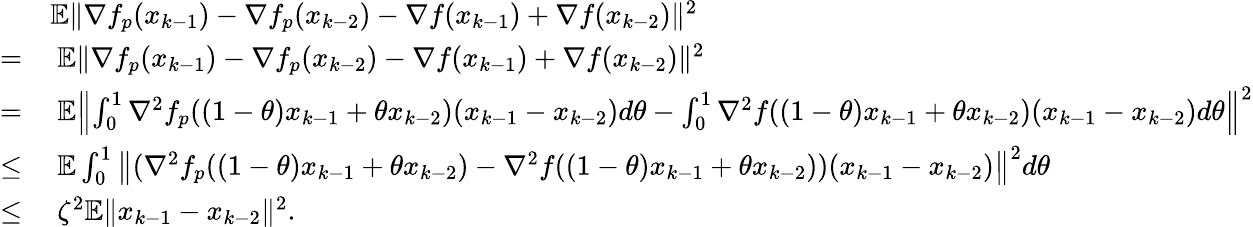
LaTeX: \begin{array}{rl}&{\mathbb{E}\| \nabla f_{p}(x_{k-1})-\nabla f_{p}(x_{k-2})-\nabla f(x_{k-1})+\nabla f(x_{k-2})\| ^{2}}\\ {=}&{\ \mathbb{E}\| \nabla f_{p}(x_{k-1})-\nabla f_{p}(x_{k-2})-\nabla f(x_{k-1})+\nabla f(x_{k-2})\| ^{2}}\\ {=}&{\ \mathbb{E}\left\| \int_{0}^{1}\nabla^{2}f_{p}((1-\theta)x_{k-1}+\theta x_{k-2})(x_{k-1}-x_{k-2})d\theta-\int_{0}^{1}\nabla^{2}f((1-\theta)x_{k-1}+\theta x_{k-2})(x_{k-1}-x_{k-2})d\theta\right\| ^{2}}\\ {\leq}&{\ \mathbb{E}\int_{0}^{1}\left\| (\nabla^{2}f_{p}((1-\theta)x_{k-1}+\theta x_{k-2})-\nabla^{2}f((1-\theta)x_{k-1}+\theta x_{k-2}))(x_{k-1}-x_{k-2})\right\| ^{2}d\theta}\\ {\leq}&{\ \zeta^{2}\mathbb{E}\| x_{k-1}-x_{k-2}\| ^{2}.}\end{array}